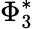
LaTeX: \Phi_{3}^{*}